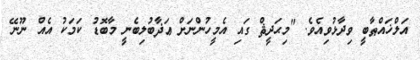
އަލްޚައްޠާބީ ވިދާޅުވިއެވެ. "މިޙަދީޘް ގައި އެމީހުންނަށް ޢަޛާބުލިބެނީ މާބޮޑު ކަމަކު އެއް ނޫނޭ